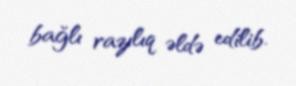
bağlı razılıq əldə edilib.